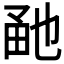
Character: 𤱡